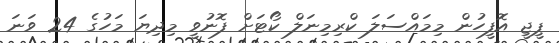
ޕީޖީ އޮފީހުން މިމައްސަލަ ކްރިމިނަލް ކޯޓަށް ފޮނުވީ މިދިޔަ މަހުގެ 24 ވަނަ